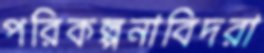
পরিকল্পনাবিদরা